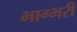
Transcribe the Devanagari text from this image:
भाग्भरी